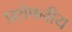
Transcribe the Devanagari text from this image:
प्रशेषनीय